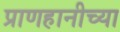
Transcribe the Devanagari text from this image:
प्राणहानीच्या